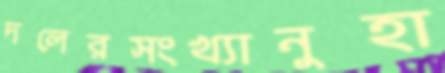
দলেরসংখ্যানুহা